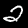
Digit: 2